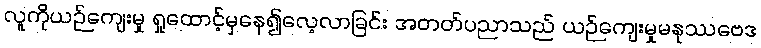
လူကိုယဉ်ကျေးမှု ရှုထောင့်မှနေ၍လေ့လာခြင်း အတတ်ပညာသည် ယဉ်ကျေးမှုမနုဿဗေဒ